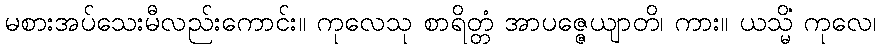
မစားအပ်သေးမီလည်းကောင်း။ ကုလေသု စာရိတ္တံ အာပဇ္ဇေယျာတိ၊ ကား။ ယသ္မိံ ကုလေ၊